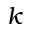
k